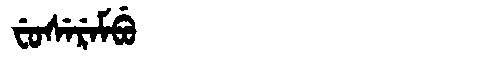
Manchu: ᠸᡠᠰᡝᡵᡝᠮᠪᡠ
Romanization: FUSEREMBU